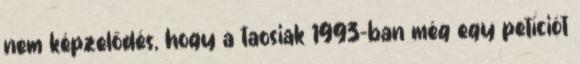
nem képzelődés, hogy a taosiak 1993-ban még egy petíciót